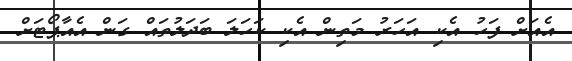
އެއަށް ފަހު އެކި އަހަރު މަތިން އެކި ކަހަލަ ބަދަލުތައް ގަން އެއާޕޯޓަށް